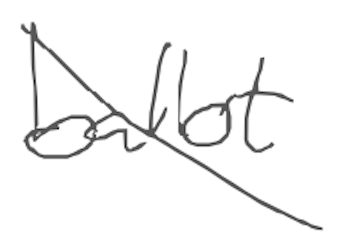
Text: ballot
Cross-out: diagonal
Writing tool: digital_gray